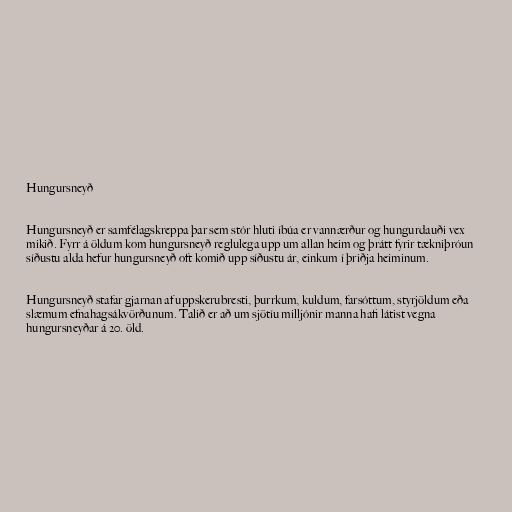
Hungursneyð

Hungursneyð er samfélagskreppa þar sem stór hluti íbúa er vannærður og hungurdauði vex
mikið. Fyrr á öldum kom hungursneyð reglulega upp um allan heim og þrátt fyrir tækniþróun
síðustu alda hefur hungursneyð oft komið upp síðustu ár, einkum í þriðja heiminum.

Hungursneyð stafar gjarnan af uppskerubresti, þurrkum, kuldum, farsóttum, styrjöldum eða
slæmum efnahagsákvörðunum. Talið er að um sjötíu milljónir manna hafi látist vegna
hungursneyðar á 20. öld.